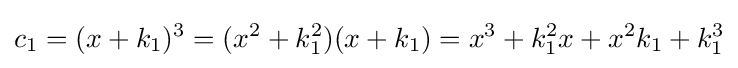
c_{1}=(x+k_{1})^{3}=(x^{2}+k_{1}^{2})(x+k_{1})=x^{3}+k_{1}^{2}x+x^{2}k_{1}+k_{1}^{3}